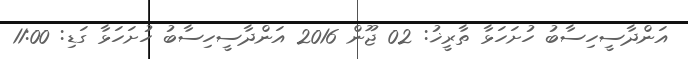
އަންދާސީހިސާބު ހުށަހަޅާ ތާރީޚު: 02 ޖޫން 2016 އަންދާސީހިސާބު ހުށަހަޅާ ގަޑި: 11:00